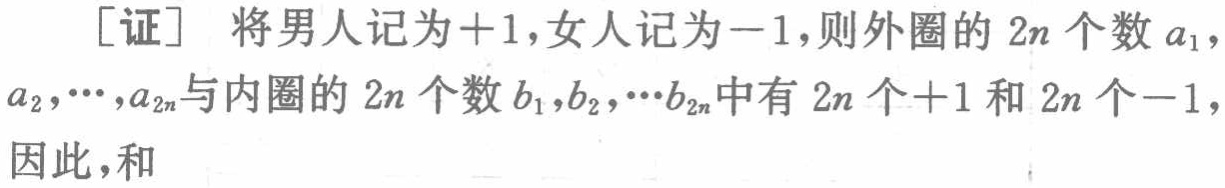
[证] 将男人记为$+1$,女人记为$-1$,则外圈的$2n$个数$a_{1}$,

$a_{2},\cdots,a_{2n}$与内圈的$2n$个数$b_{1},b_{2},\cdots b_{2n}$中有$2n$个$+1$和$2n$个$-1$,

因此,和